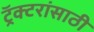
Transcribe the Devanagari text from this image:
ट्रॅक्टरांसाठी